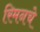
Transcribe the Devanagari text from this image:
रिमनचे